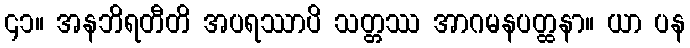
၄၁။ အနဘိရတီတိ အပရဿာပိ သတ္တဿ အာဂမနပတ္ထနာ။ ယာ ပန